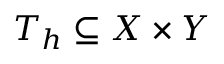
T _ { h } \subseteq X \times Y